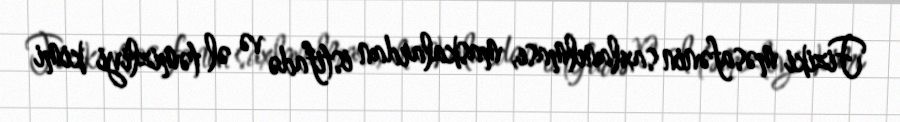
Fiziki məsafənin saxlanılması, maskalardan istifadə və əl təmizliyi kimi